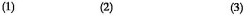
（1） （2） （3)